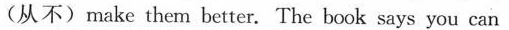
(从不)make them better. The book says you can